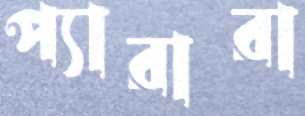
প্যারারা